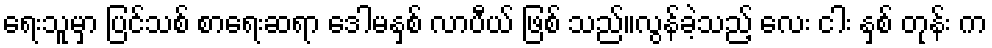
ရေးသူမှာ ပြင်သစ် စာရေးဆရာ ဒေါမနှစ် လာပီယ် ဖြစ် သည်။လွန်ခဲ့သည့် လေး ငါး နှစ် တုန်း က